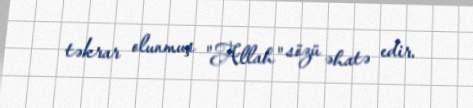
təkrar olunmuş "Allah" sözü əhatə edir.